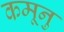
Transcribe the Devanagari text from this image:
कमूनु